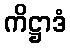
ကိဋ္ဌာဒံ